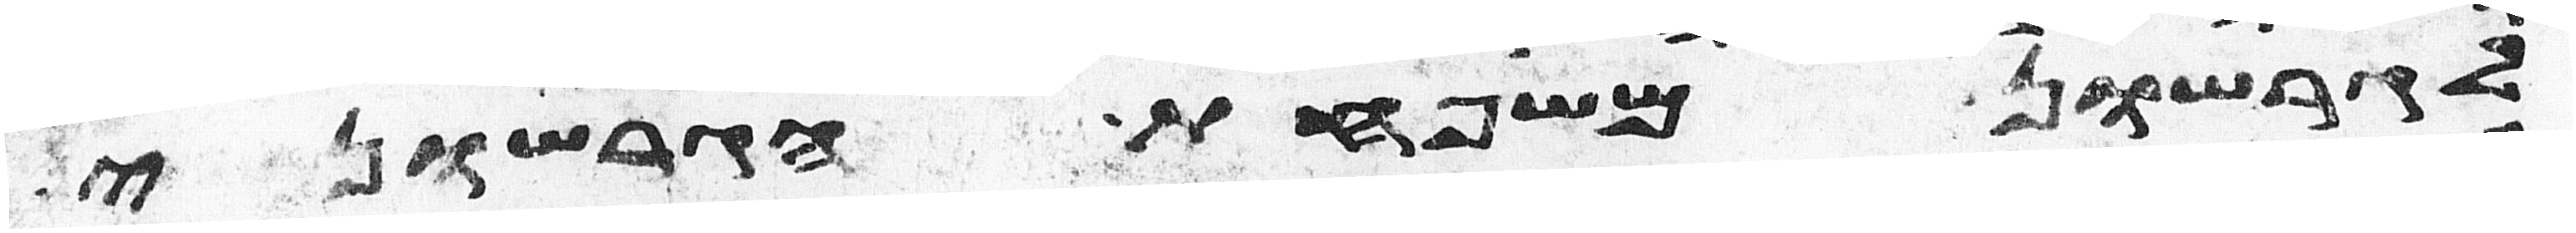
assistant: לגרשון משפחת הגרשוני